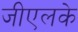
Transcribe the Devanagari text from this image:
जीएलके